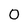
Character: O